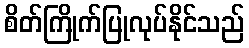
စိတ်ကြိုက်ပြုလုပ်နိုင်သည်